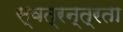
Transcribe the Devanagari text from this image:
स्वत्रन्त्रता